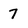
Character: 7